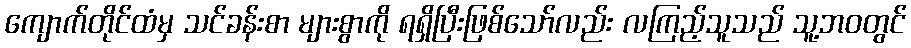
ကျောက်တိုင်ထံမှ သင်ခန်းစာ များစွာကို ရရှိပြီးဖြစ်သော်လည်း လကြည့်သူသည် သူ့ဘဝတွင်